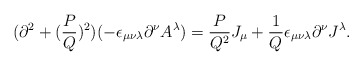
\begin{align*}(\partial^2+({P\over Q})^2)(-\epsilon_{\mu\nu\lambda}\partial^\nu A^\lambda )={P\over{Q^2}}J_\mu +{1\over Q}\epsilon_{\mu\nu\lambda}\partial^\nu J^\lambda .\end{align*}